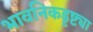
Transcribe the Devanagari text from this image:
भावनिकडृष्ट्या